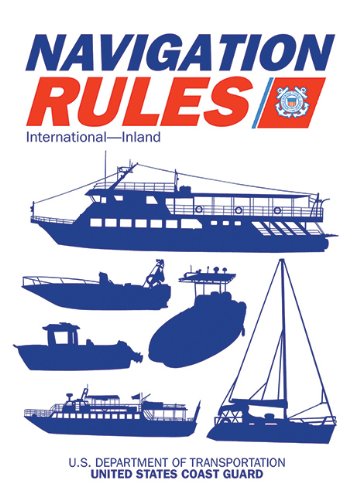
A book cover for Navigation Rules: International: Inland; U.S. Coast Guard; Law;